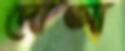
দোআ